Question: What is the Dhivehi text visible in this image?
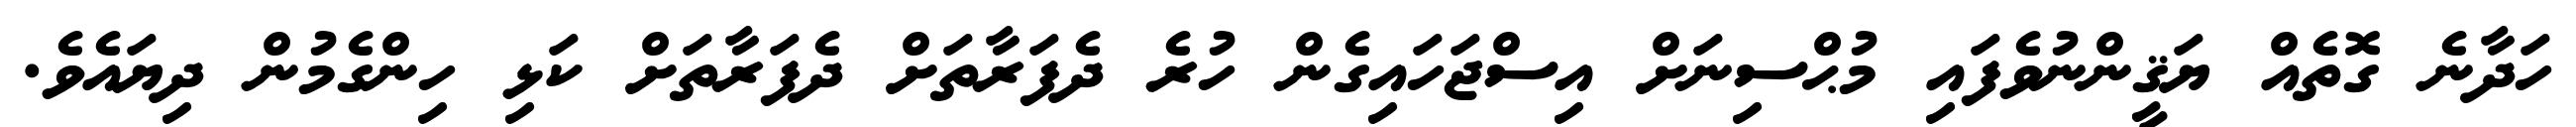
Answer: ހަދާނެ ގޮތެއް ޔަޤީންނުވެފައި މުޙްސިނަށް އިސްޖަހައިގެން ހުރެ ދެފަރާތަށް ދެފަރާތަށް ކަޅި ހިންގެމުން ދިޔައެވެ.